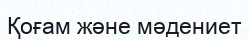
Қоғам және мәдениет